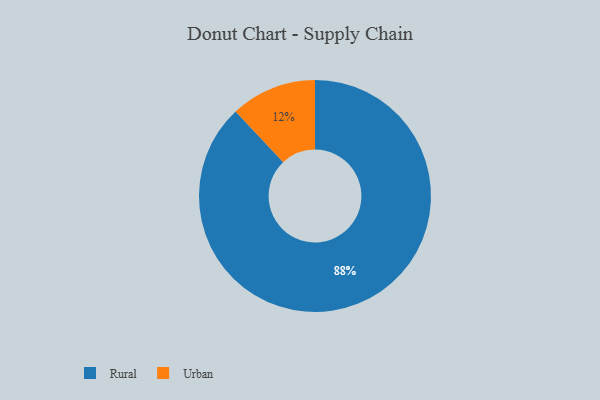
{"axis": {"x": "Category", "y": "Percentage"}, "legend": ["Rural", "Urban"], "data": [{"x": "Rural", "y": 88, "type": "Rural"}, {"x": "Urban", "y": 12, "type": "Urban"}]}